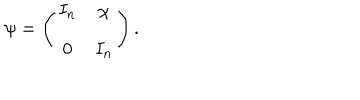
LaTeX: \psi = \left( \begin{array} { c c } { { I _ { n } } } & { { \chi } } \\ { { 0 } } & { { I _ { n } } } \\ \end{array} \right) .